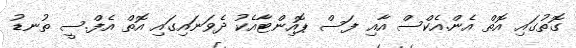
ގޮތުގައި އޮތް އެން.އެކްސް އާއި ފަސް ޕޮއިންޓާއެކު ދެވަނައިގައި އޮތް އެފް.ސީ ތުނޑު